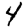
Digit: 4